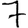
Digit: 7